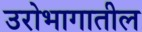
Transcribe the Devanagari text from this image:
उरोभागातील